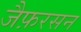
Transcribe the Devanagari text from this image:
जैफ़रसन